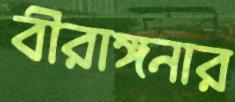
বীরাঙ্গনার